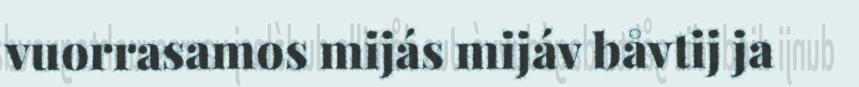
vuorrasamos mijás mijáv båvtij ja